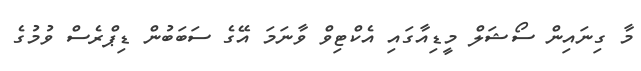
މާ ގިނައިން ސޯޝަލް މީޑިއާގައި އެކްޓިވް ވާނަމަ އޭގެ ސަބަބުން ޑިޕްރެސް ވުމުގެ